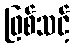
ဖြစ်သင့်